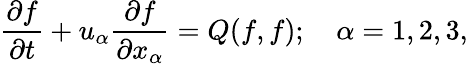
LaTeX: \frac{\partial f}{\partial t}+u_{\alpha}\frac{\partial f}{\partial x_{\alpha}}=Q(f,f);\quad\alpha=1,2,3,